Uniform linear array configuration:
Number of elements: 64
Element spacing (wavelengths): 0.25
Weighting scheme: binomial
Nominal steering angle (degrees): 45
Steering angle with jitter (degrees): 46.538
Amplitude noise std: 0.05
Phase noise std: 0.05

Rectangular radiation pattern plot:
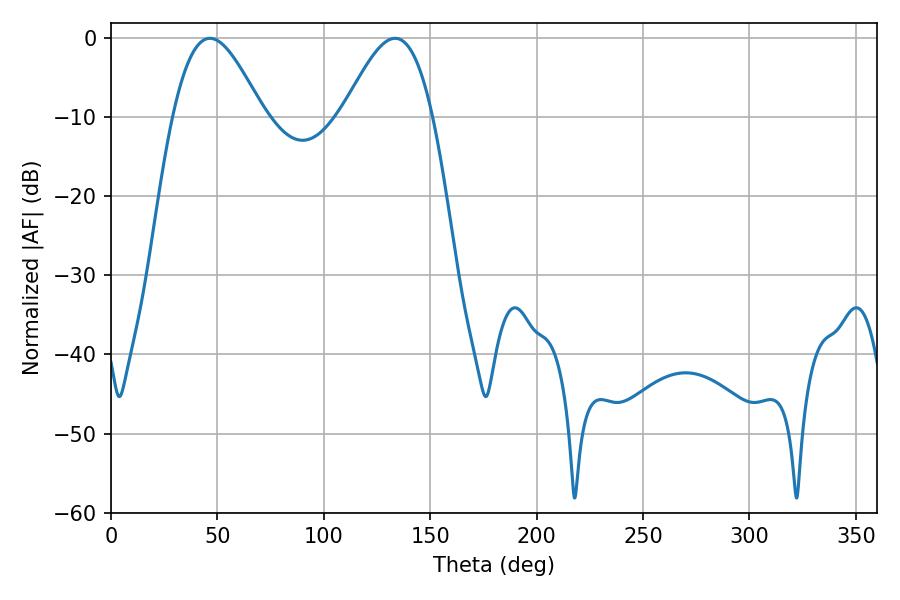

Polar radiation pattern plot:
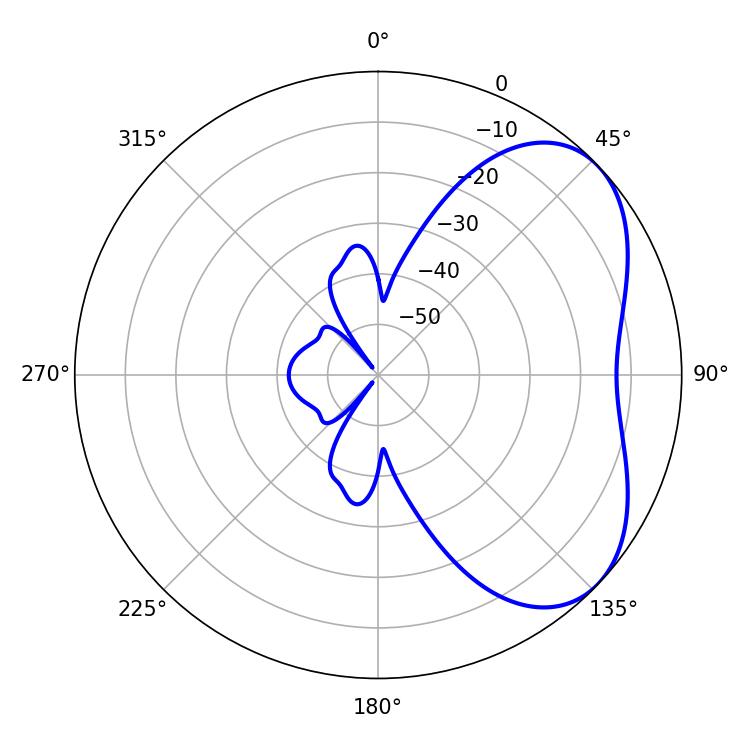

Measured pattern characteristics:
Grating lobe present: FALSE
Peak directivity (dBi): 4.729
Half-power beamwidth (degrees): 22.68
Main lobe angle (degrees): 46.44